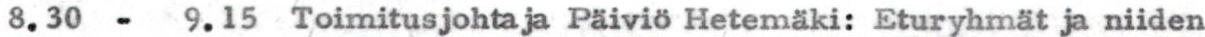
8.30 - 9.15 Toimitusjohtaja Päiviö Hetemäki: Eturyhmät ja niiden